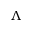
\Lambda